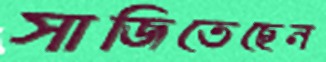
সাজিতেছেন